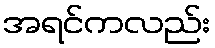
အရင်ကလည်း